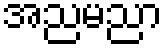
အညမညာ